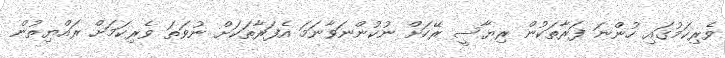
ވެރިކަމުގައި ހުންނަ ފަރާތަކުން ރިޔާސީ ރޭހަށް ނުކުންނަވާނަމަ އެފަރާތަކަށް ނުވަތަ ވެރިކަމަށް ރައްޔިތުން